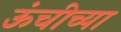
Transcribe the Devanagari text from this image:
ऊंचीच्या